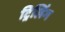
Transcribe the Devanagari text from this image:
ट्रिलिंग